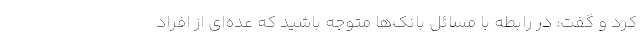
کرد و گفت: در رابطه با مسائل بانک‌ها متوجه باشید که عده‌ای از افراد